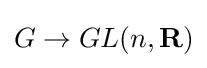
G\to GL(n,\mathbf {R} )